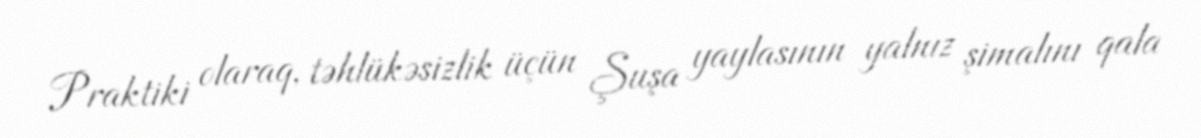
Praktiki olaraq, təhlükəsizlik üçün Şuşa yaylasının yalnız şimalını qala